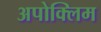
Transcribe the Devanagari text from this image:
अपोक्लिम